Annual administration report of the Civil Veterinary Department, Ajmere-Merwara, British Rajputana - 1914-1940
Year: 1914
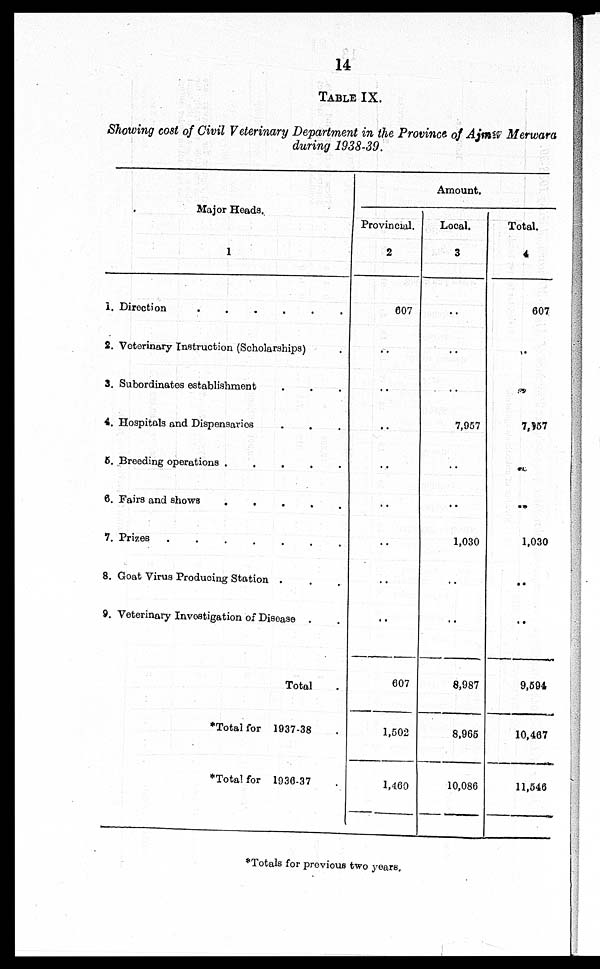
14
TABLE IX.
Showing cost of Civil Veterinary Department in the Province of Ajmer Merwara
during 1938-39.
Major Heads.
1
1. Direction
.
.
.
.
.
.
2. Veterinary Instruction (Scholarships) .
3. Subordinates establishment . . .
4. Hospitals and Dispensaries . . .
5. Breeding operations .
.
.
.
.
6. Fairs and shows
.
.
.
.
.
7. Prizes
.
.
.
.
.
.
.
8. Goat Virus Producing Station .
9. Veterinary Investigation of Disease .
Total .
*Total for 1937-38 .
*Total for 1936-37 .
Amount.
Provincial.
2
607
..
..
..
..
..
..
..
..
607
1,502
1,460
Local.
3
..
..
..
7,957
..
..
1,030
..
..
8,987
8,965
10,086
Total.
4
607
..
..
7,957
..
..
1,030
..
..
9,591
10,467
11,546
*Totals for previous two years.